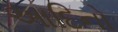
આદિનો